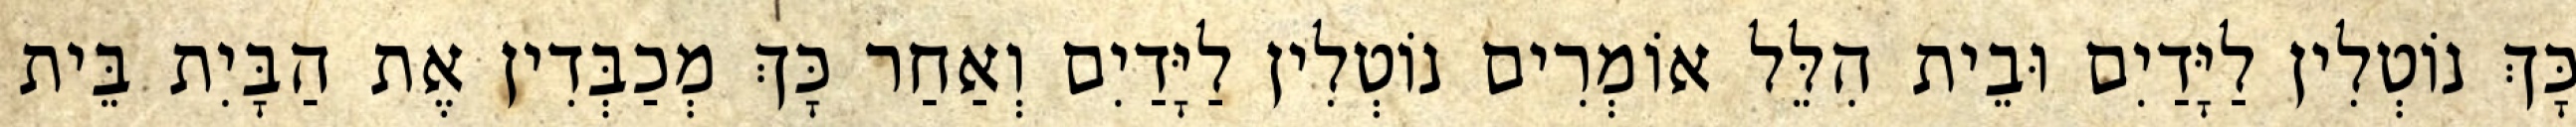
כָּךְ נוֹטְלִין לַיָּדַיִם וּבֵית הִלֵּל אוֹמְרִים נוֹטְלִין לַיָּדַיִם וְאַחַר כָּךְ מְכַבְּדִין אֶת הַבָּיִת בֵּית